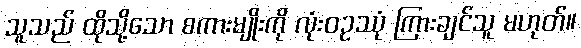
သူသည် ထိုသို့သော စကားမျိုးကို လုံးဝဥဿုံ ကြားချင်သူ မဟုတ်။